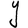
Character: Y